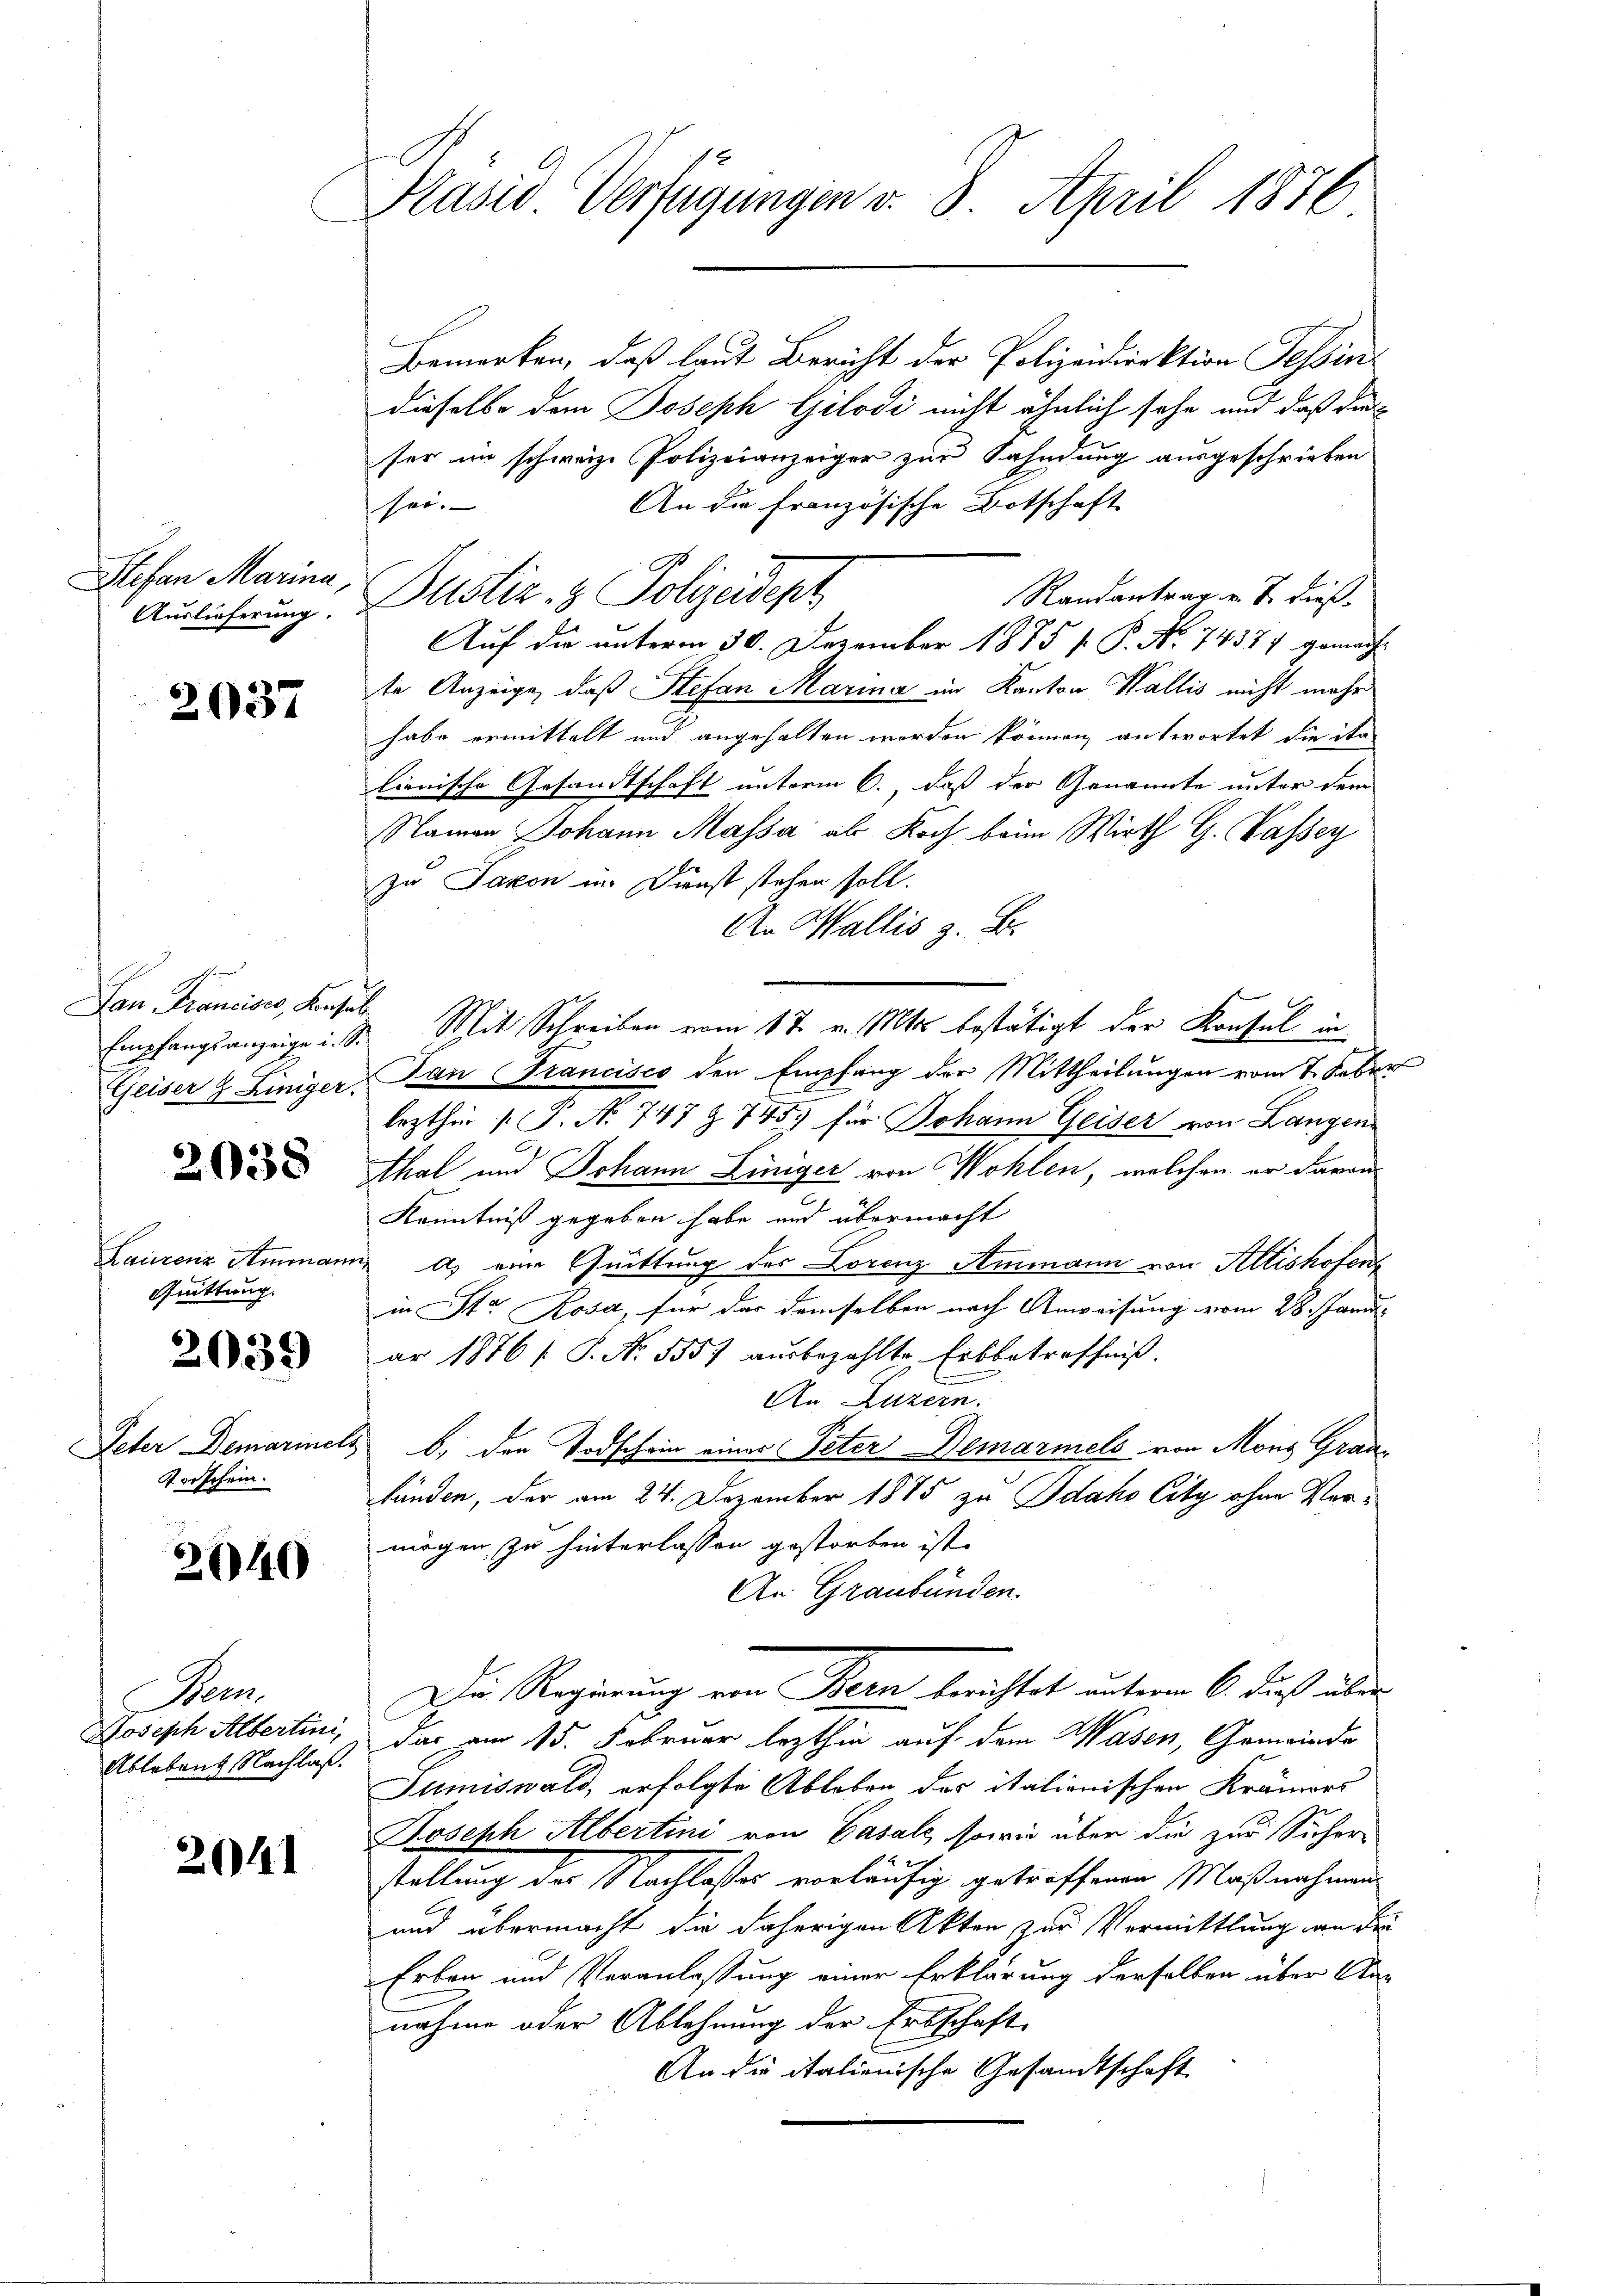
Stefan Marina,

2037

Hrn Kamin a
Geiser & Liniger.

20338

Laurenz Ammann
Quittung.

2039

Peter Demariner
Vorschein.

2040

Heu
Joseph Albertini,
Ableben Nachlaß.

2041

Sänd Verfügungen v. 8. April 1876

Bemerken, daß laut Bericht der Polizeidirektion Tessin
dieselbe dem Joseph Gilodi nicht ähnlich sehe und daß dies
ser im schweiz. Polizeianzeiger zur Sahndung ausgeschrieben
An die französische Botschaft
sei.
Randantrag v. J. dieß
Auslieferung. Justiz- & Polizeidept
Auf die unterm 30. Dezember 1875 / P. Nr. 7437. gemachte Anzeige, daß Stefan Marina im Kanton Wallis nicht mehr
habe ermittelt und angehalten werden können, antwortet die ita
lienische Gesandtschaft unterm 6. daß der Genannte unter dem
Namen Johann Massa al Koch beim Wirth G. Passey
zu Pavon in Dunst stehen soll.
An Wallis z. B.
Empfangsanzeige u. S. Mit Schreiben vom 17. v. Mts. bestätigt der Konsul in
Tan (Francisco den Empfang der Mittheilungen vom 7. Feber
lezthin  P. Nr. 747 § 745) für Johann Geiser von Langen
Ahal und Johann Züniger von Wohlen, welchen er davon
Kenntniß gegeben habe und übermacht
 A. eine Quittung des Lorenz Ammann von Allishofent
in Str. Rosa, für das demselben nach Anweisung vom 28. Janu
ar 1876/ P. Nr. 5557 aŭsbezahlte Erbbetreffniß.
An Luzern.
b. den Todschein einer Peter Demarmels von Mons Graufänden, der am 24. Dezember 1885 zu Idaho City ohne Vormögen zu hinterlassen gestorben ist.
An Graubünden.
Die Regierung von Bern berichtet unterm 6. Fuß aber
das am 15. Februar lezthin auf dem Wasen, Gemeinde
Sumiswald, erfolgte Ableben des italionischen Krämers
Joseph Albertini von Vasale, sowie über die zur Sicher-
stellung der Nachlasser vorläufig getroffenen Maßnahmen
und übermacht die daherigen Akten zur Vermittlung an die
Erben und Veranlassung einer Erklärung derselben über An-
nahme oder Ablehnung der Erbschaft
An die italienische Gesandtschaft